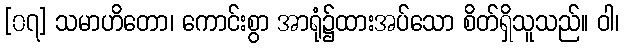
[၀၇] သမာဟိတော၊ ကောင်းစွာ အာရုံ၌ထားအပ်သော စိတ်ရှိသူသည်။ ဝါ၊